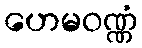
ဟေမဝဏ္ဏံ